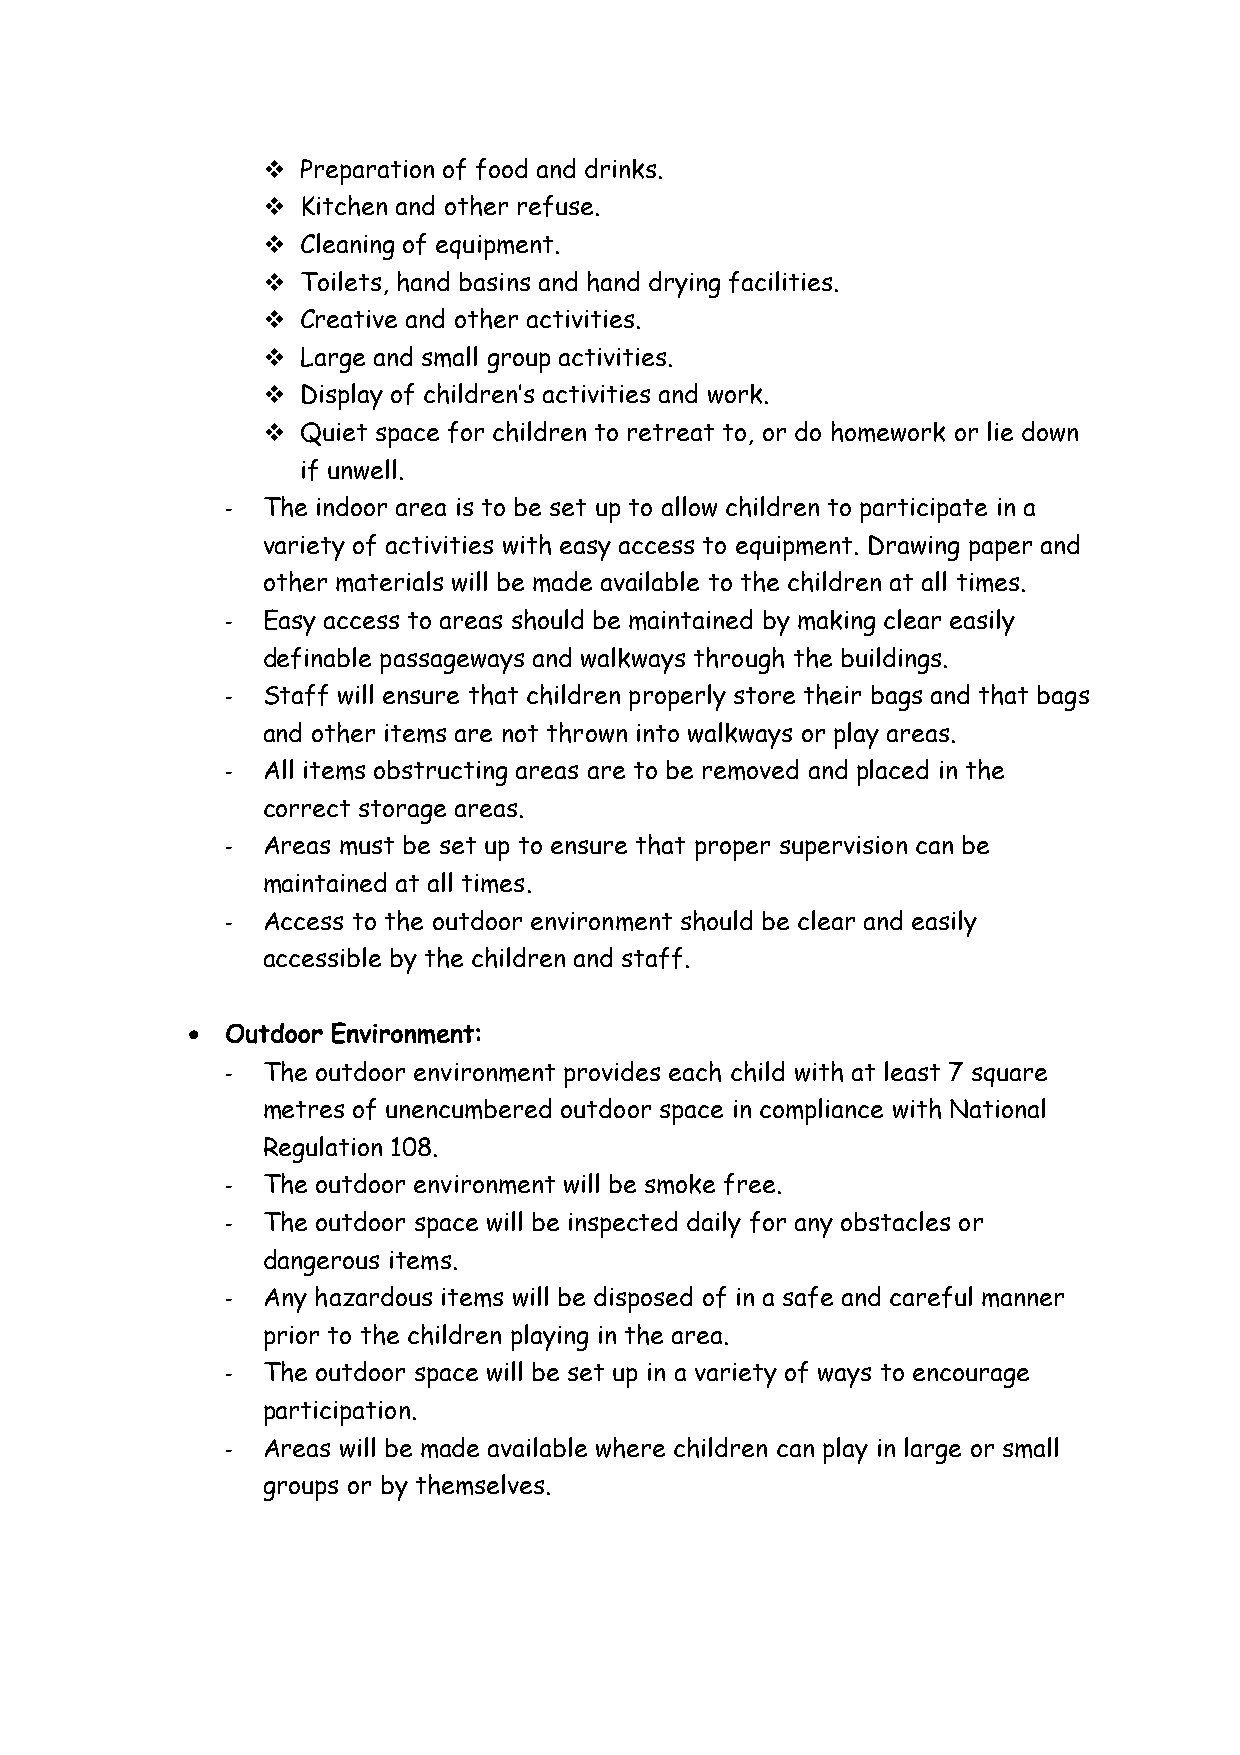
v  Preparation of food and drinks.
 v  Kitchen and other refuse.
 v  Cleaning of equipment.
 v  Toilets, hand basins and hand drying facilities.
 v  Creative and other activities.
 v  Large and small group activities.
 v  Display of children’s activities and work.
 v  Quiet space for children to retreat to, or do homework or lie down
 if unwell.
 - The indoor area is to be set up to allow children to participate in a
 variety of activities with easy access to equipment. Drawing paper and
 other materials will be made available to the children at all times.
 - Easy access to areas should be maintained by making clear easily
 definable passageways and walkways through the buildings.
 - Staff will ensure that children properly store their bags and that bags
 and other items are not thrown into walkways or play areas.
 - All items obstructing areas are to be removed and placed in the
 correct storage areas.
 - Areas must be set up to ensure that proper supervision can be
 maintained at all times.
 - Access to the outdoor environment should be clear and easily
 accessible by the children and staff.
 •  Outdoor Environment:
 - The outdoor environment provides each child with at least 7 square
 metres of unencumbered outdoor space in compliance with National
 Regulation 108.
 - The outdoor environment will be smoke free.
 - The outdoor space will be inspected daily for any obstacles or
 dangerous items.
 - Any hazardous items will be disposed of in a safe and careful manner
 prior to the children playing in the area.
 - The outdoor space will be set up in a variety of ways to encourage
 participation.
 - Areas will be made available where children can play in large or small
 groups or by themselves.